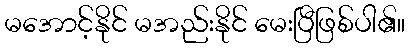
မအောင့်နိုင် မအည်းနိုင် မေးပြီဖြစ်ပါ၏။